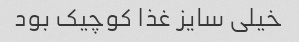
خیلی سایز غذا کوچیک بود